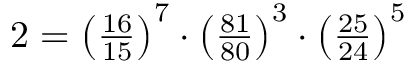
\textstyle 2 = { \left( { \frac { 1 6 } { 1 5 } } \right) } ^ { 7 } \cdot { \left( { \frac { 8 1 } { 8 0 } } \right) } ^ { 3 } \cdot { \left( { \frac { 2 5 } { 2 4 } } \right) } ^ { 5 }